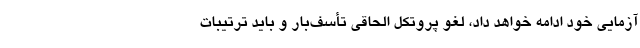
آزمایی خود ادامه خواهد داد، لغو پروتکل الحاقی تأسف‌بار و باید ترتیبات